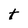
Character: O